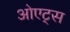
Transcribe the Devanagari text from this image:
ओएट्स